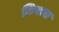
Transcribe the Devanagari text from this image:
गिगास